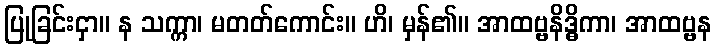
ပြုခြင်းငှာ။ န သက္ကာ၊ မတတ်ကောင်း။ ဟိ၊ မှန်၏။ အာထဗ္ဗနိဒ္ဓိကာ၊ အာထဗ္ဗန